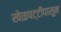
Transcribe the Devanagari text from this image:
खेळपट्टीपासून